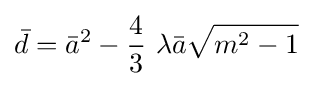
{\bar {d}}={\bar {a}}^{2}-{\frac {4}{3}}~\lambda {\bar {a}}{\sqrt {m^{2}-1}}